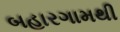
બહારગામથી